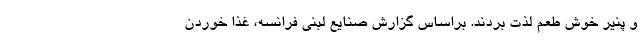
و پنیر خوش طعم لذت بردند. براساس گزارش صنایع لبنی فرانسه، غذا خوردن